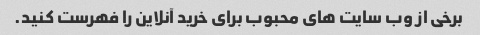
برخی از وب سایت های محبوب برای خرید آنلاین را فهرست کنید.